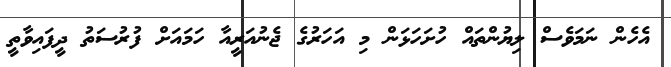
އެހެން ނަމަވެސް ލިޔުންތައް ހުށަހަޅަން މި އަހަރުގެ ޖެނުއަރީއާ ހަމައަށް ފުރުސަތު ދީފައިވާތީ